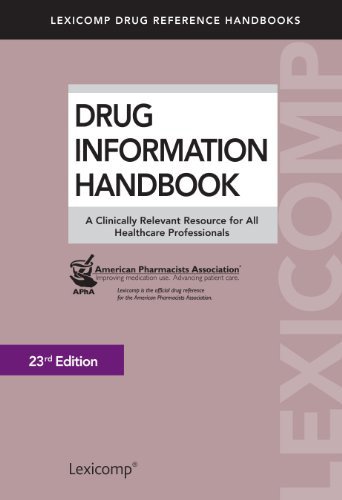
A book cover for Drug Information Handbook: A Clinically Relevant Resource for All Healthcare Professionals; Medical Books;